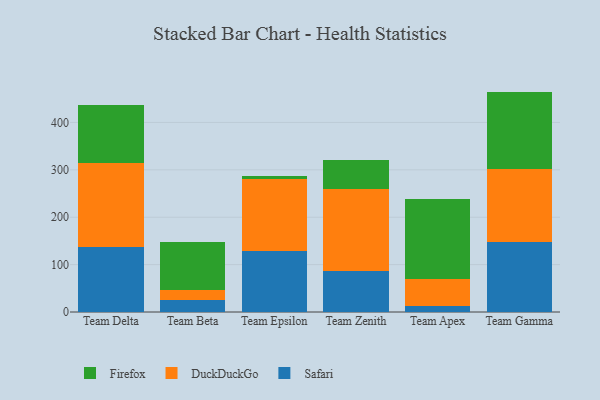
{"axis": {"x": "Team", "y": "Shipments"}, "legend": ["DuckDuckGo", "Firefox", "Safari"], "data": [{"x": "Team Delta", "y": 136.3, "type": "Safari"}, {"x": "Team Delta", "y": 178.3, "type": "DuckDuckGo"}, {"x": "Team Delta", "y": 123.1, "type": "Firefox"}, {"x": "Team Beta", "y": 24.9, "type": "Safari"}, {"x": "Team Beta", "y": 22.0, "type": "DuckDuckGo"}, {"x": "Team Beta", "y": 100.3, "type": "Firefox"}, {"x": "Team Epsilon", "y": 129.0, "type": "Safari"}, {"x": "Team Epsilon", "y": 152.4, "type": "DuckDuckGo"}, {"x": "Team Epsilon", "y": 5.7, "type": "Firefox"}, {"x": "Team Zenith", "y": 85.7, "type": "Safari"}, {"x": "Team Zenith", "y": 174.2, "type": "DuckDuckGo"}, {"x": "Team Zenith", "y": 61.4, "type": "Firefox"}, {"x": "Team Apex", "y": 12.0, "type": "Safari"}, {"x": "Team Apex", "y": 57.7, "type": "DuckDuckGo"}, {"x": "Team Apex", "y": 169.8, "type": "Firefox"}, {"x": "Team Gamma", "y": 147.5, "type": "Safari"}, {"x": "Team Gamma", "y": 153.8, "type": "DuckDuckGo"}, {"x": "Team Gamma", "y": 163.8, "type": "Firefox"}]}